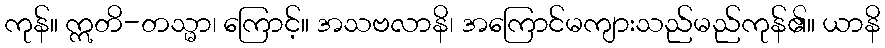
ကုန်။ ဣတိ-တသ္မာ၊ ကြောင့်။ အသဗလာနိ၊ အကြောင်မကျားသည်မည်ကုန်၏။ ယာနိ